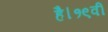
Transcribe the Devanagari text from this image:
है।१९वीं